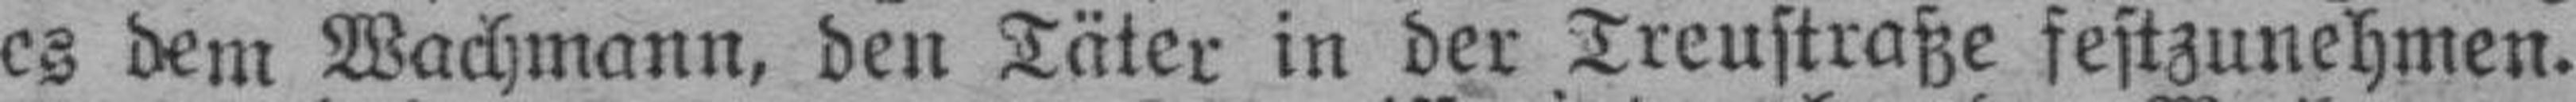
es dem Wachmann, den Täter in der Treustraße festzunehmen.